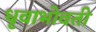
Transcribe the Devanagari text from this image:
धृवाभोवती